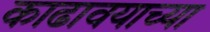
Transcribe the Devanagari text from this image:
काढावयाच्या